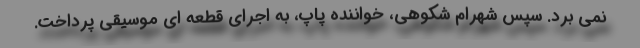
نمی برد. سپس شهرام شکوهی، خواننده پاپ، به اجرای قطعه ای موسیقی پرداخت.